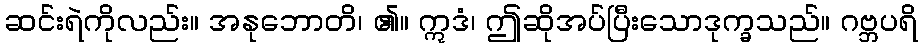
ဆင်းရဲကိုလည်း။ အနုဘောတိ၊ ၏။ ဣဒံ၊ ဤဆိုအပ်ပြီးသောဒုက္ခသည်။ ဂဗ္ဘပရိ